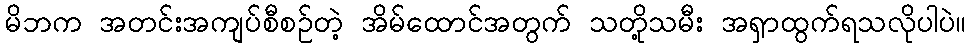
မိဘက အတင်းအကျပ်စီစဉ်တဲ့ အိမ်ထောင်အတွက် သတို့သမီး အရှာထွက်ရသလိုပါပဲ။